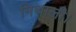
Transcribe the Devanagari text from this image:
मिथाली।